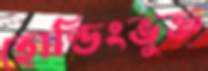
হোল্ডিংভুক্ত